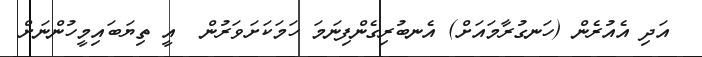
އަދި އެއުރެން (ހަނގުރާމައަށް) އެނބުރިގެންފިނަމަ ހަމަކަށަވަރުން  އީ ތިޔަބައިމީހުންނަށް